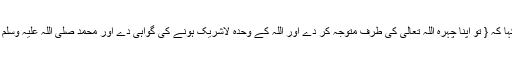
آپ صلی اللہ علیہ وسلم نے کہا کہ { تو اپنا چہرہ اللہ تعالیٰ کی طرف متوجہ کر دے اور اللہ کے وحدہ لاشریک ہونے کی گواہی دے اور محمد صلی اللہ علیہ وسلم کے عبد و رسول ہونے کی ۔